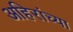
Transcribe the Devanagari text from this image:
अहिरांच्या